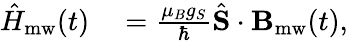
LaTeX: \begin{array}{rl}{\hat{H}_{\mathrm{mw}}(t)}&{{}=\frac{\mu_{B}g_{S}}{\hbar}\hat{\mathbf{S}}\cdot\mathbf{B}_{\mathrm{mw}}(t),}\end{array}